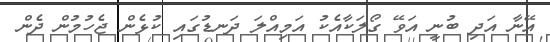
އޭނާ އަދި ބުނީ އަވޭ ގޯލަކާއެކު އަމިއްލަ ދަނޑުގައި ކުޅެން ޖެހުމުން ދެން